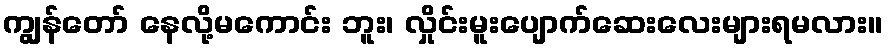
ကျွန်တော် နေလို့မကောင်း ဘူး၊ လှိုင်းမူးပျောက်ဆေးလေးများရမလား။